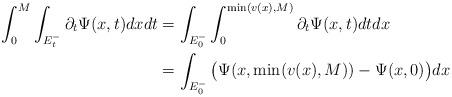
LaTeX: \begin{align*}\int_0^M \int_{E_t^-} \partial_t{\Psi}(x,t)dxdt&=\int_{E_0^-}\int_0^{\min(v(x),M)}\partial_t{\Psi}(x,t)dtdx\\&=\int_{E_0^-}\big({\Psi}(x,\min(v(x),M))-{\Psi}(x,0)\big)dx\end{align*}